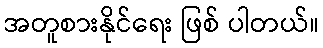
အတူစားနိုင်ရေး ဖြစ် ပါတယ်။